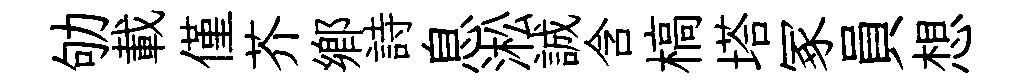
劬載僅芥鄕詩息淞誠含槁塔冢員想